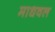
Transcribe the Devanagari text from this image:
माधवल